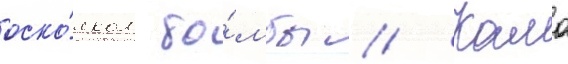
оско́лком бо́мбы // Камо